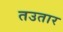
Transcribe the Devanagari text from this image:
तउतार